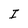
Character: I